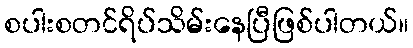
စပါးစတင်ရိပ်သိမ်းနေပြီဖြစ်ပါတယ်။